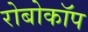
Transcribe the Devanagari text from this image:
रोबोकाॅप